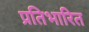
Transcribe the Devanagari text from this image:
प्रतिभारित